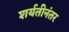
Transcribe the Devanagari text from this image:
शर्यतीनंतर